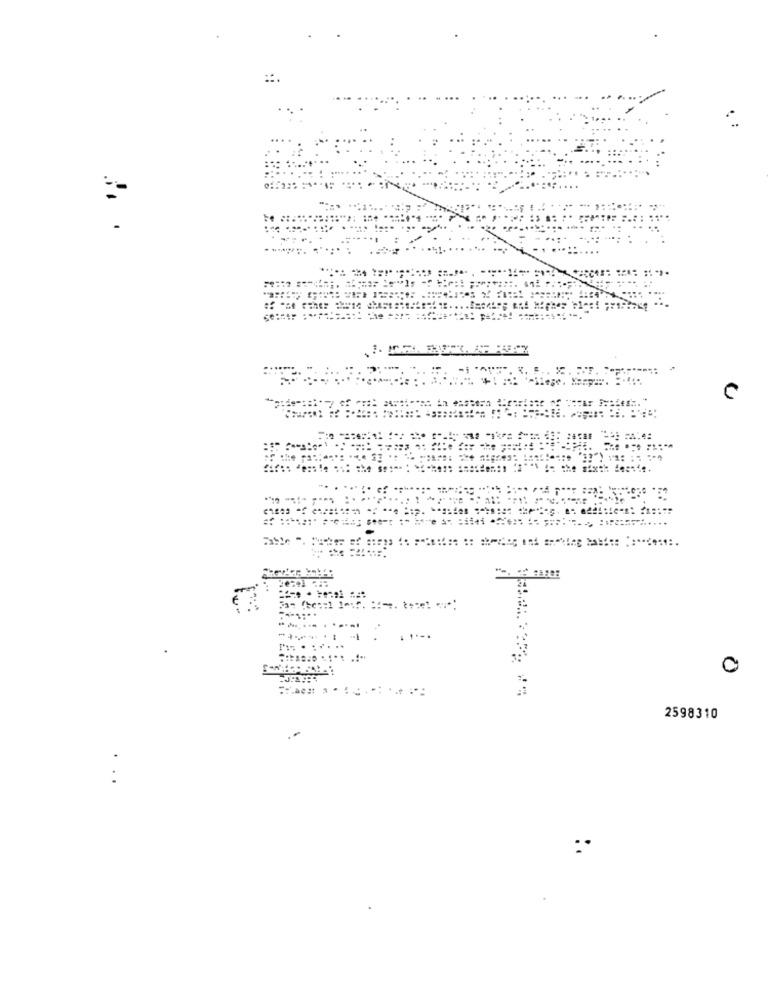
.
K. ..
20:41
----.:
... ..
0
2598310
..